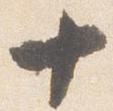
十